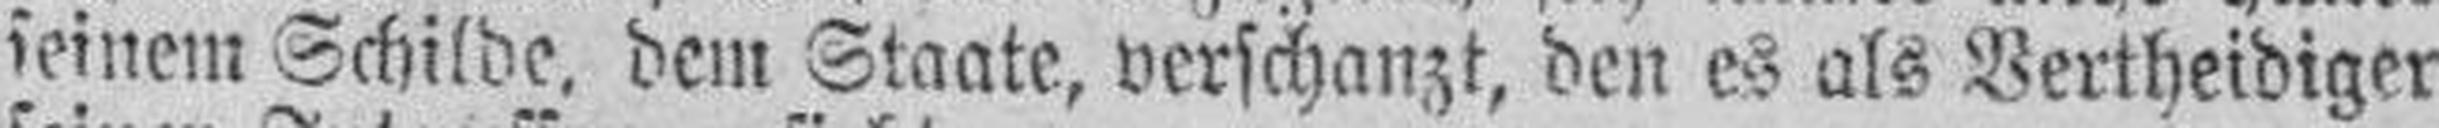
seinem Schilde, dem Staate, verschanzt, den es als Vertheidiger